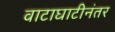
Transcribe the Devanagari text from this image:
वाटाघाटीनंतर